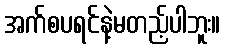
အက်စပရင်နဲ့မတည့်ပါဘူး။